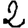
Digit: 2